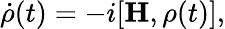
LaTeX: \dot{\mathbf{\rho}}(t)=-i[\mathbf{H},\mathbf{\rho}(t)],